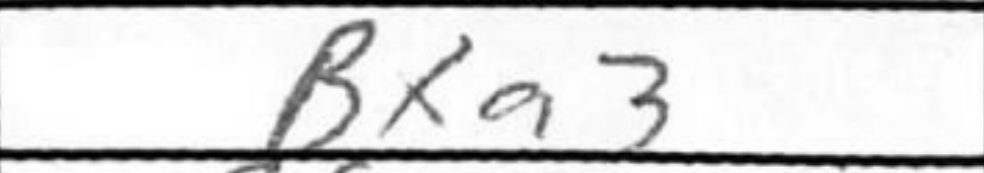
Transcription: Bxa3